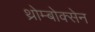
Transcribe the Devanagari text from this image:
थ्रोम्बोक्सेन